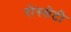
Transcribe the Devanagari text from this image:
रोस्सेटी